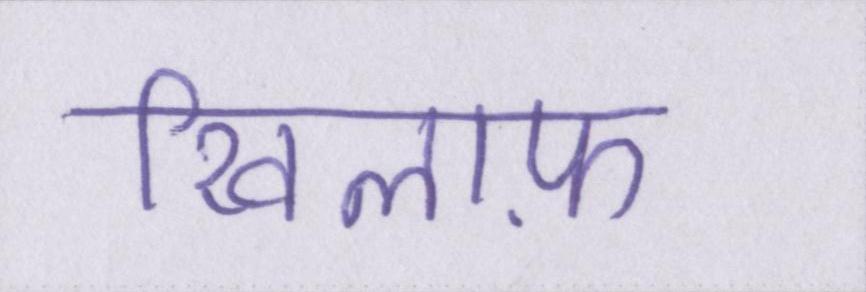
खिलाफ़